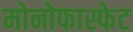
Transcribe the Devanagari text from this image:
मोनोफास्फेट